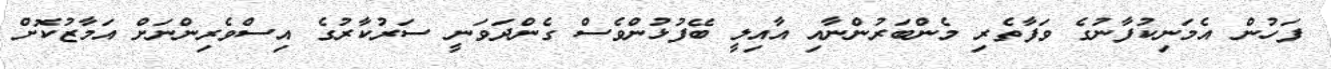
ފަހުން އެމަނިކުފާނުގެ ވަފާތެރި މެންބަރުންނާއި އާއިލީ ބޭފުޅުންވެސް ގެންދަވަނީ ސަރުކާރުގެ އިސްވެރިންނަށް އަމާޒުކޮށް